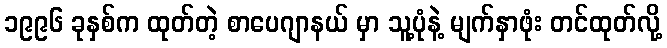
၁၉၉၆ ခုနှစ်က ထုတ်တဲ့ စာပေဂျာနယ် မှာ သူ့ပုံနဲ့ မျက်နှာဖုံး တင်ထုတ်လို့